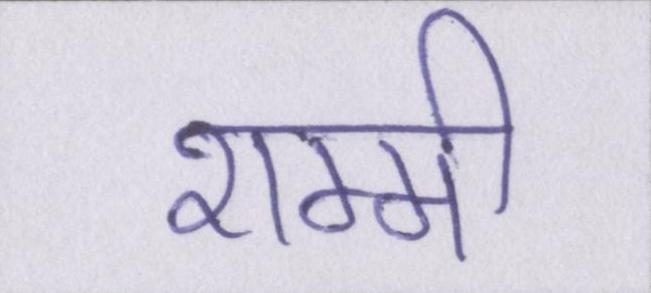
शम्मी